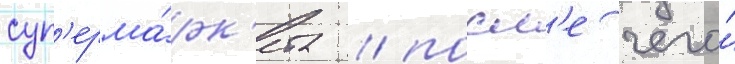
суп'ерма́рк'ета / посл'е чего́